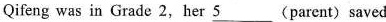
Qifeng was in Grade 2,her \underline{5 } (parent) saved